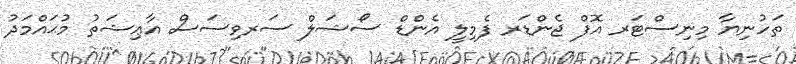
ތަހުނިޔާ މިނިސްޓަރ އޮފް ޖެންޑަރ ފެމިލީ އެންޑް ސޯޝަލް ސަރވިސަސް އާޢިޝަތު މުޙައްމަދު